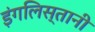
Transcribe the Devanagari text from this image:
इंगलिस्तानी